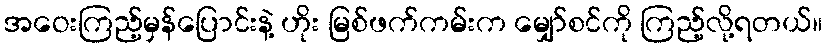
အဝေးကြည့်မှန်ပြောင်းနဲ့ ဟိုး မြစ်ဖက်ကမ်းက မျှော်စင်ကို ကြည့်လို့ရတယ်။